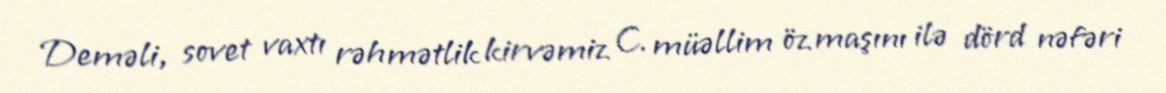
Deməli, sovet vaxtı rəhmətlik kirvəmiz C. müəllim öz maşını ilə dörd nəfəri